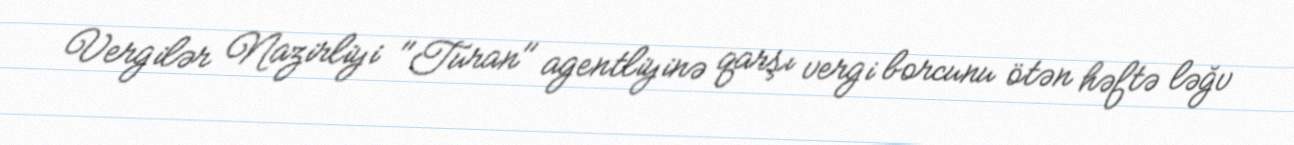
Vergilər Nazirliyi "Turan" agentliyinə qarşı vergi borcunu ötən həftə ləğv